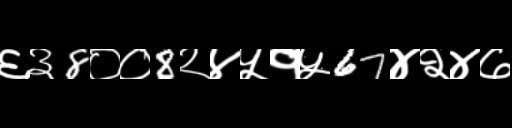
Text: ६३8००8२४५१५67४२४७